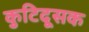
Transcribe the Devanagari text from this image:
कुटिदूसक